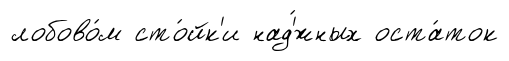
лобово́м сто́йк'и над'́жных оста́ток